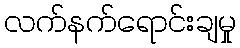
လက်နက်ရောင်းချမှု